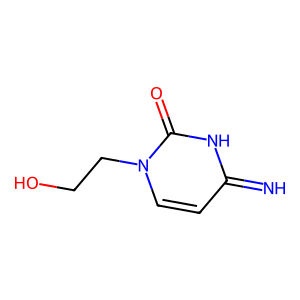
SMILES: N=c1ccn(CCO)c(=O)[nH]1
Inhibits HIV replication: No